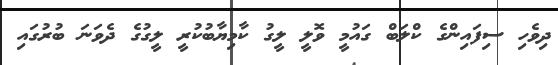
ދިވެހި ސިފައިންގެ ކްލަބް ގައުމީ ވޮލީ ލީގު ކާމިޔާބުކުރީ ލީގުގެ ދެވަނަ ބުރުގައި